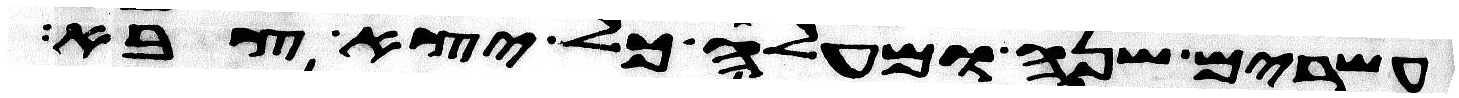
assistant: עשרים שנה ומעלה כל יצא צבא